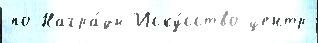
по Награ́ды Иску́сство центр